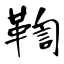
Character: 鞫